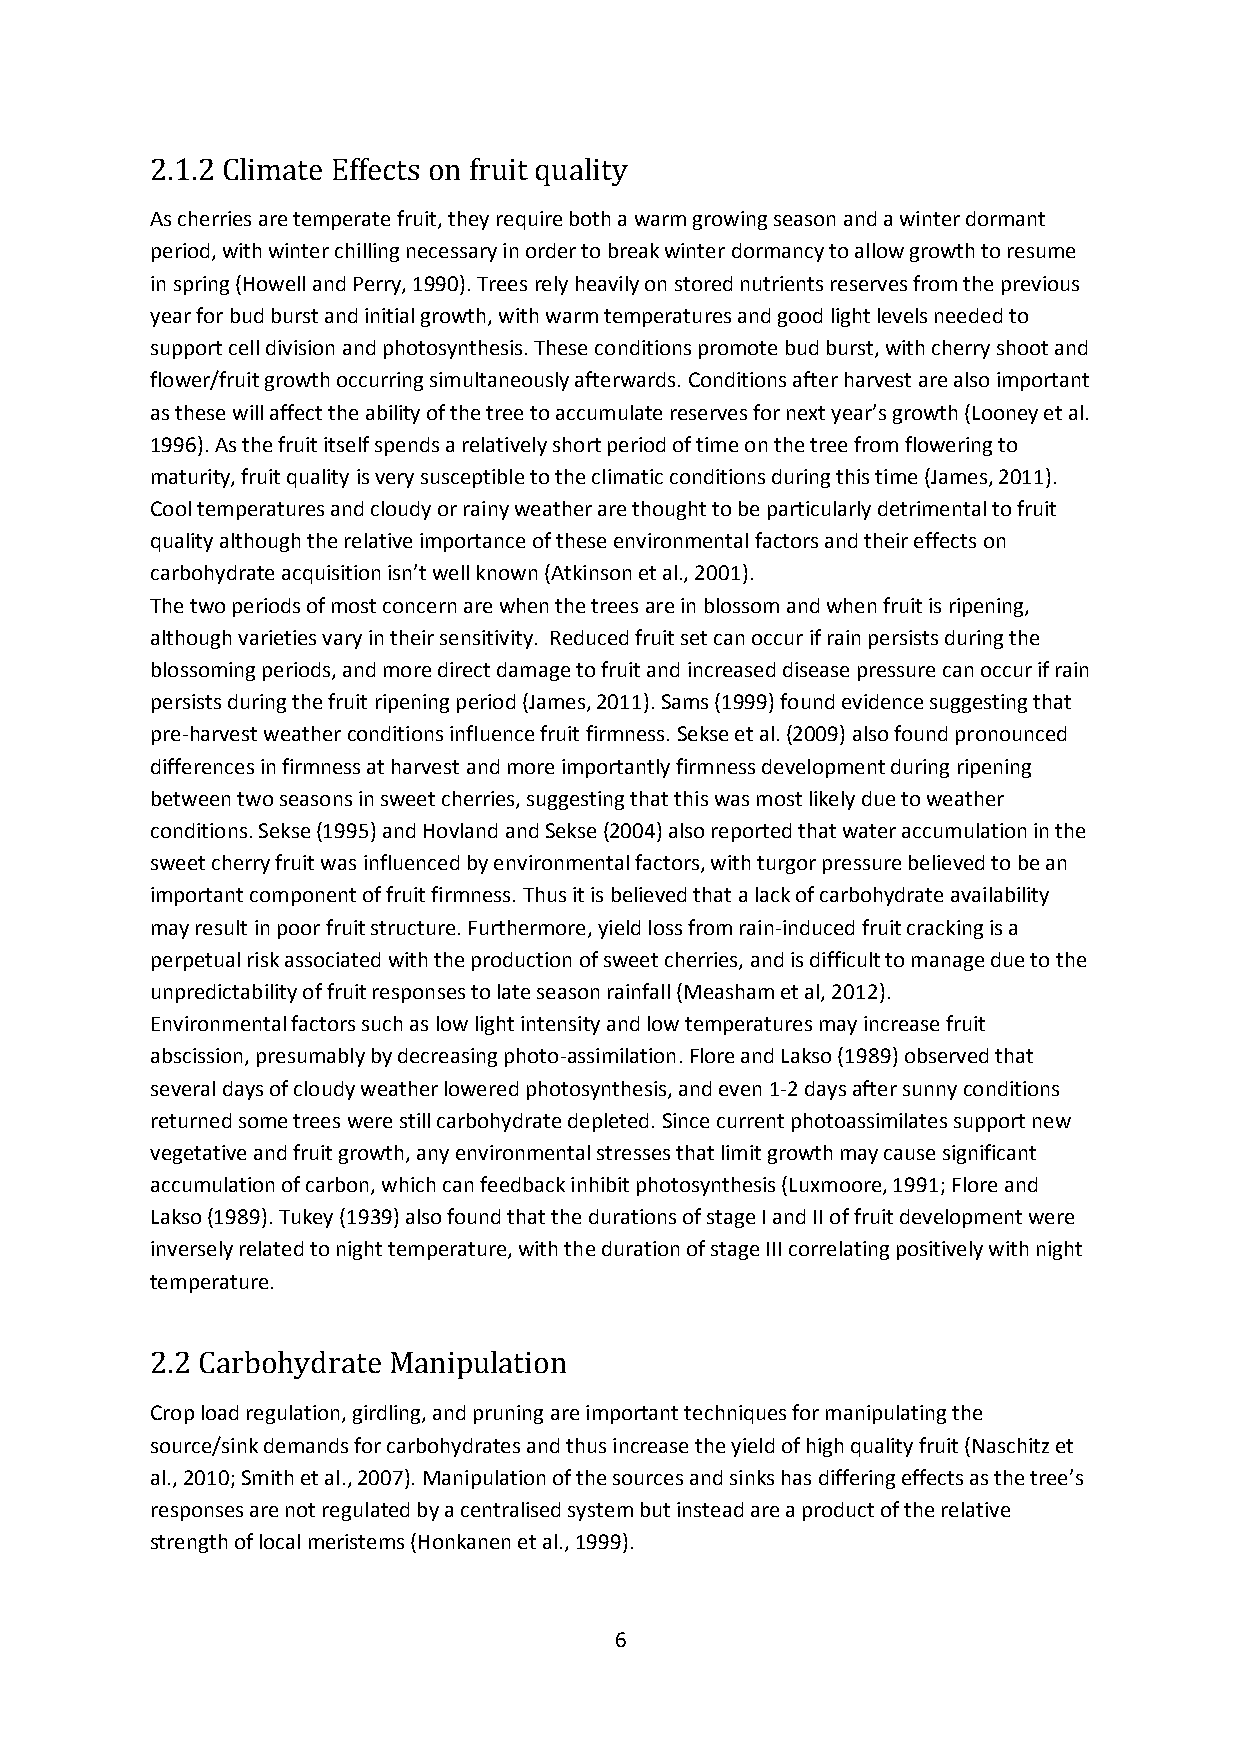
2.1.2 Climate Effects on fruit quality
 As cherries are temperate fruit, they require both a warm growing season and a winter dormant
 period, with winter chilling necessary in order to break winter dormancy to allow growth to resume
 in spring (Howell and Perry, 1990). Trees rely heavily on stored nutrients reserves from the previous
 year for bud burst and initial growth, with warm temperatures and good light levels needed to
 support cell division and photosynthesis. These conditions promote bud burst, with cherry shoot and
 flower/fruit growth occurring simultaneously afterwards. Conditions after harvest are also important
 as these will affect the ability of the tree to accumulate reserves for next year’s growth (Looney et al.
 1996). As the fruit itself spends a relatively short period of time on the tree from flowering to
 maturity, fruit quality is very susceptible to the climatic conditions during this time (James, 2011).
 Cool temperatures and cloudy or rainy weather are thought to be particularly detrimental to fruit
 quality although the relative importance of these environmental factors and their effects on
 carbohydrate acquisition isn’t well known (Atkinson et al., 2001).
 The two periods of most concern are when the trees are in blossom and when fruit is ripening,
 although varieties vary in their sensitivity. Reduced fruit set can occur if rain persists during the
 blossoming periods, and more direct damage to fruit and increased disease pressure can occur if rain
 persists during the fruit ripening period (James, 2011). Sams (1999) found evidence suggesting that
 pre-harvest weather conditions influence fruit firmness. Sekse et al. (2009) also found pronounced
 differences in firmness at harvest and more importantly firmness development during ripening
 between two seasons in sweet cherries, suggesting that this was most likely due to weather
 conditions. Sekse (1995) and Hovland and Sekse (2004) also reported that water accumulation in the
 sweet cherry fruit was influenced by environmental factors, with turgor pressure believed to be an
 important component of fruit firmness. Thus it is believed that a lack of carbohydrate availability
 may result in poor fruit structure. Furthermore, yield loss from rain-induced fruit cracking is a
 perpetual risk associated with the production of sweet cherries, and is difficult to manage due to the
 unpredictability of fruit responses to late season rainfall (Measham et al, 2012).
 Environmental factors such as low light intensity and low temperatures may increase fruit
 abscission, presumably by decreasing photo-assimilation. Flore and Lakso (1989) observed that
 several days of cloudy weather lowered photosynthesis, and even 1-2 days after sunny conditions
 returned some trees were still carbohydrate depleted. Since current photoassimilates support new
 vegetative and fruit growth, any environmental stresses that limit growth may cause significant
 accumulation of carbon, which can feedback inhibit photosynthesis (Luxmoore, 1991; Flore and
 Lakso (1989). Tukey (1939) also found that the durations of stage I and II of fruit development were
 inversely related to night temperature, with the duration of stage III correlating positively with night
 temperature.
 2.2 Carbohydrate Manipulation
 Crop load regulation, girdling, and pruning are important techniques for manipulating the
 source/sink demands for carbohydrates and thus increase the yield of high quality fruit (Naschitz et
 al., 2010; Smith et al., 2007). Manipulation of the sources and sinks has differing effects as the tree’s
 responses are not regulated by a centralised system but instead are a product of the relative
 strength of local meristems (Honkanen et al., 1999).
 6